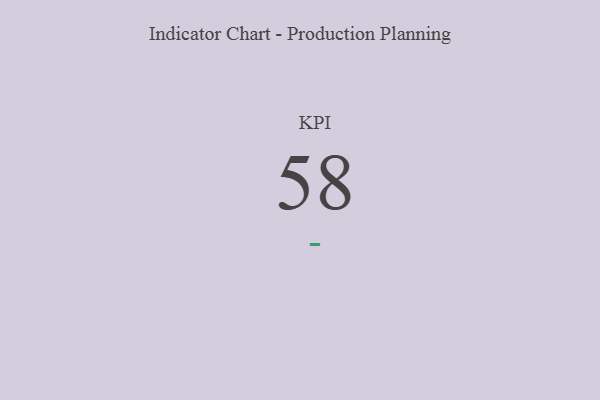
{"axis": {"x": "KPI", "y": "Value"}, "legend": [""], "data": [{"x": "KPI", "y": 58, "type": ""}]}